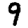
Digit: 9